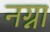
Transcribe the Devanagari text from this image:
नग्ना